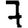
Digit: 7